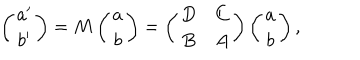
\left( \begin{matrix} { { a ^ { \prime } } } \\ { { b ^ { \prime } } } \\ \end{matrix} \right) = M \left( \begin{matrix} { { a } } \\ { { b } } \\ \end{matrix} \right) = \left( \begin{matrix} { { D } } & { { C } } \\ { { B } } & { { A } } \\ \end{matrix} \right) \left( \begin{matrix} { { a } } \\ { { b } } \\ \end{matrix} \right) ,